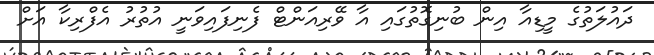
ދައުލަތުގެ މީޑިއާ އިން ބުނިގޮތުގައި އާ ވޭރިއަންޓް ފެނިފައިވަނީ އުތުރު އެފްރިކާ އަށް